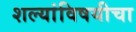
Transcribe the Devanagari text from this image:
शल्यांविषयीचा